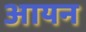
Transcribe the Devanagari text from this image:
अायन